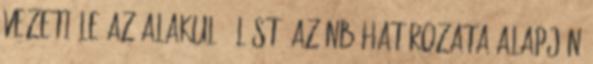
vezeti le az alakuló ülést. Az NB határozata alapján